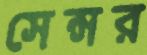
সেন্সর